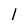
Character: l